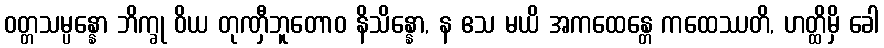
ဝတ္တသမ္ပန္နော ဘိက္ခု ဝိယ တုဏှီဘူတောဝ နိသိန္နော, န ဧသ မယိ အကထေန္တေ ကထေဿတိ, ဟတ္ထိမှိ ခေါ